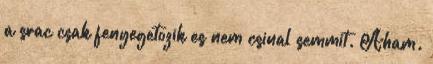
a srac csak fenyegetozik es nem csinal semmit. Aham.